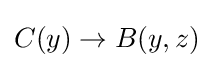
C(y)\rightarrow B(y,z)